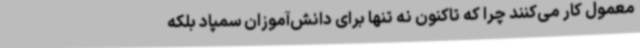
معمول کار می‌کنند چرا که تاکنون نه تنها برای دانش‌آموزان سمپاد بلکه